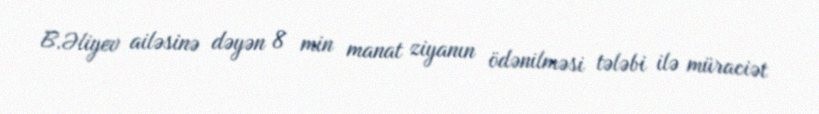
B.Əliyev ailəsinə dəyən 8 min manat ziyanın ödənilməsi tələbi ilə müraciət